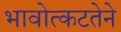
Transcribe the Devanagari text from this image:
भावोत्कटतेने